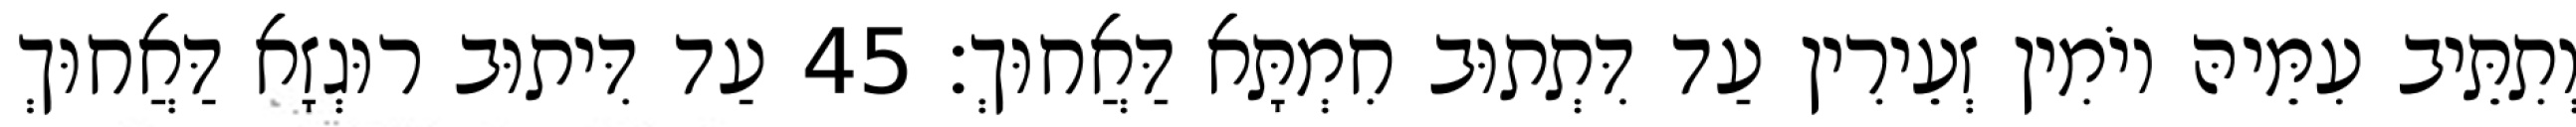
וְתִתֵּיב עִמֵּיהּ יוֹמִין זְעֵירִין עַד דִּתְתוּב חִמְתָּא דַּאֲחוּךְ׃ 45 עַד דִּיתוּב רוּגְזָא דַּאֲחוּךְ